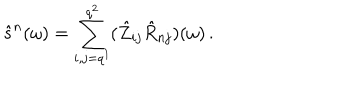
\hat { s } ^ { n } ( \omega ) = \sum _ { i , j = q ^ { 1 } } ^ { q ^ { 2 } } ( \hat { Z } _ { i j } \hat { R } _ { n j } ) ( \omega ) \, .